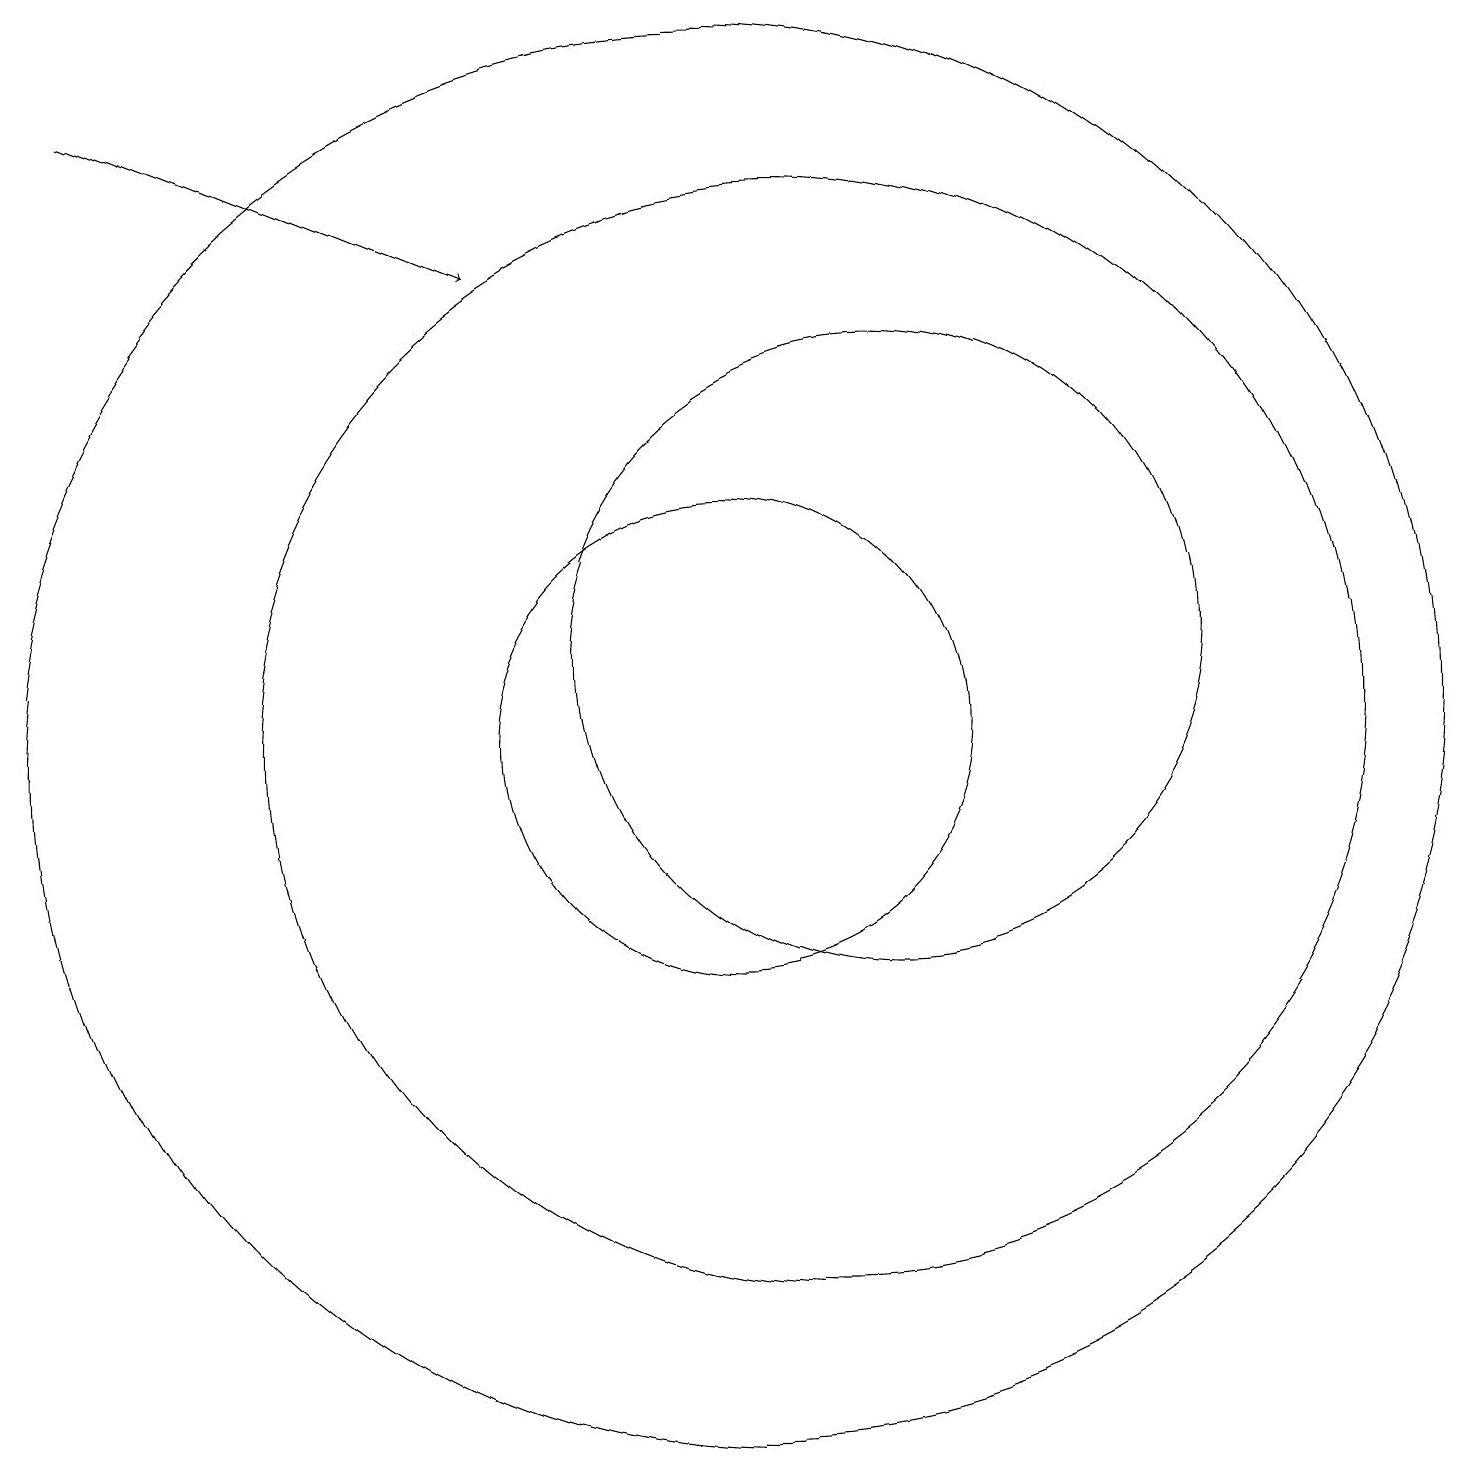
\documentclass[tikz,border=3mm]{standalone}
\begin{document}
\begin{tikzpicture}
\draw (10,10) circle (3);
\draw[->] (2,18) -- (7,16);
\draw (12,11) circle (4);
\draw (11,10) circle (7);
\draw (12,11) circle (0);
\draw (10,10) circle (9);
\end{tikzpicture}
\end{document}